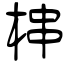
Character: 梙